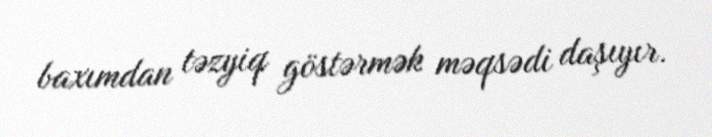
baxımdan təzyiq göstərmək məqsədi daşıyır.